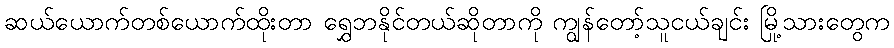
ဆယ်ယောက်တစ်ယောက်ထိုးတာ ရွှေဘနိုင်တယ်ဆိုတာကို ကျွန်တော့်သူငယ်ချင်း မြို့သားတွေက